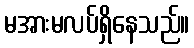
မအားမလပ်ရှိနေသည်။